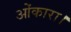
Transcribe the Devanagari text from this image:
ओंकारा।